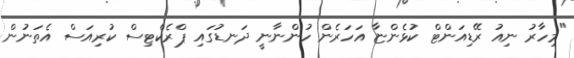
"މިހާރު ނިއު ރޭޑިއަންޓް ކުޅެންޏާ އަހަރެން ހުންނާނީ ދަނޑުގައި ޕްރެކްޓިސް ކުރިއަސް އެތަނުން